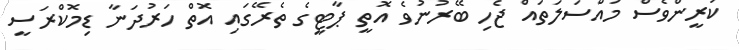
ކުރީންވެސް މައްސަލަތައް ޖެހި ބޭރުނުވެ އޮތީ ޕާޓީގެ ތެރޭގައި އޮތް ހަރުދަނާ ޑިމޮކްރަސީ